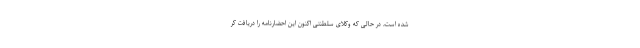
شده است، در حالی که وکلای سلطنتی اکنون این احضارنامه را دریافت کر